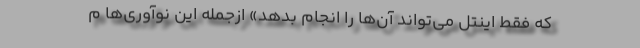
که فقط اینتل می‌تواند آن‌ها را انجام بدهد» ازجمله این نوآوری‌ها م